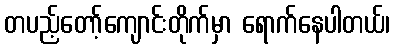
တပည့်တော့်ကျောင်းတိုက်မှာ ရောက်နေပါတယ်၊